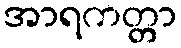
အာရကတ္တာ